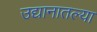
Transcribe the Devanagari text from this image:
उद्यानातल्या